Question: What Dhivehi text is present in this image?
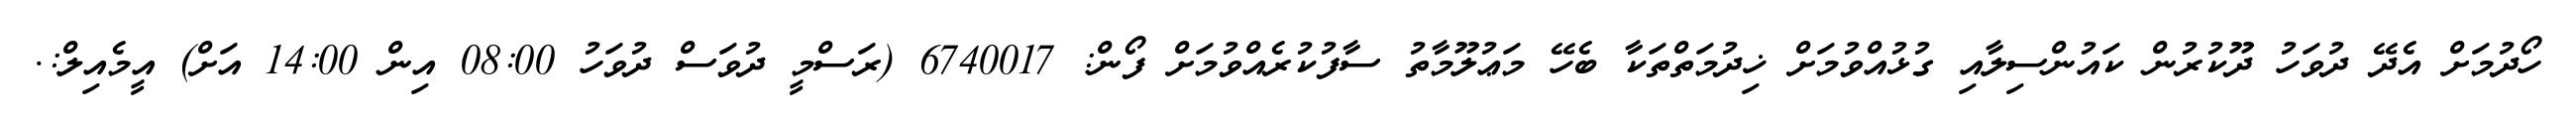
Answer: ހޯދުމަށް އެދޭ ދުވަހު ދޫކުރުން ކައުންސިލާއި ގުޅުއްވުމަށް ޚިދުމަތްތަކާ ބެހޭ މަޢުލޫމާތު ސާފުކުރެއްވުމަށް ފޯން: 6740017 (ރަސްމީ ދުވަސް ދުވަހު 08:00 އިން 14:00 އަށް) އީމެއިލް:.